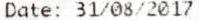
DATE: 31/08/2017